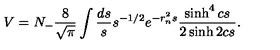
V = N _ { - } \frac { 8 } { \sqrt { \pi } } \int \frac { d s } { s } s ^ { - 1 / 2 } e ^ { - r _ { n } ^ { 2 } s } \frac { \sinh ^ { 4 } c s } { 2 \sinh 2 c s } .